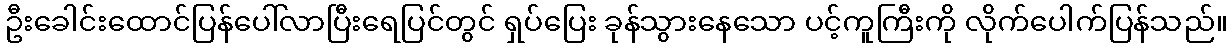
ဦးခေါင်းထောင်ပြန်ပေါ်လာပြီးရေပြင်တွင် ရှပ်ပြေး ခုန်သွားနေသော ပင့်ကူကြီးကို လိုက်ပေါက်ပြန်သည်။